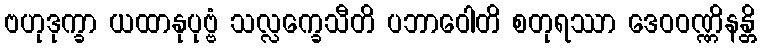
ဗဟုဒုက္ခာ ယထာနုပုဗ္ဗံ သလ္လက္ခေသီတိ ပဘာဝေါတိ စတုရဿာ ဒေဝဝဏ္ဏိနန္တိ